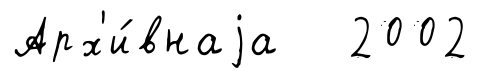
Арх'и́внаjа 2002